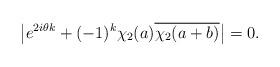
LaTeX: \begin{align*}\big| e^{2i\theta k} +(-1)^k \chi_2(a)\overline{\chi_2(a+b)}\big|=0.\end{align*}